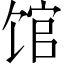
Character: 馆